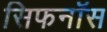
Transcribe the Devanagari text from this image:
सिफनॉस